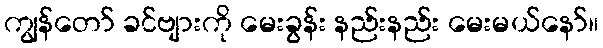
ကျွန်တော် ခင်ဗျားကို မေးခွန်း နည်းနည်း မေးမယ်နော်။